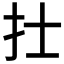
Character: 𢩿